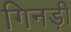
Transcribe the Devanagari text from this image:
गिनड़ी